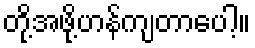
တို့အဖို့ဟန်ကျတာပေါ့။